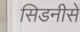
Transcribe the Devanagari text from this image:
सिडनीसे